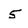
Character: 5